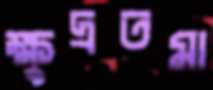
ক্ষুদ্রতমা